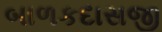
બાળકદાસજી